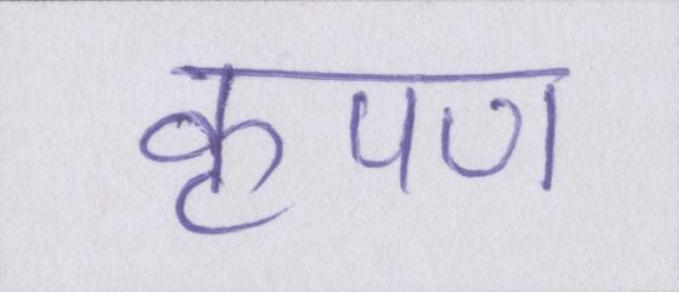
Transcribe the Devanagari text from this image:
कृपण